Scottish Certificate of Education, 1962
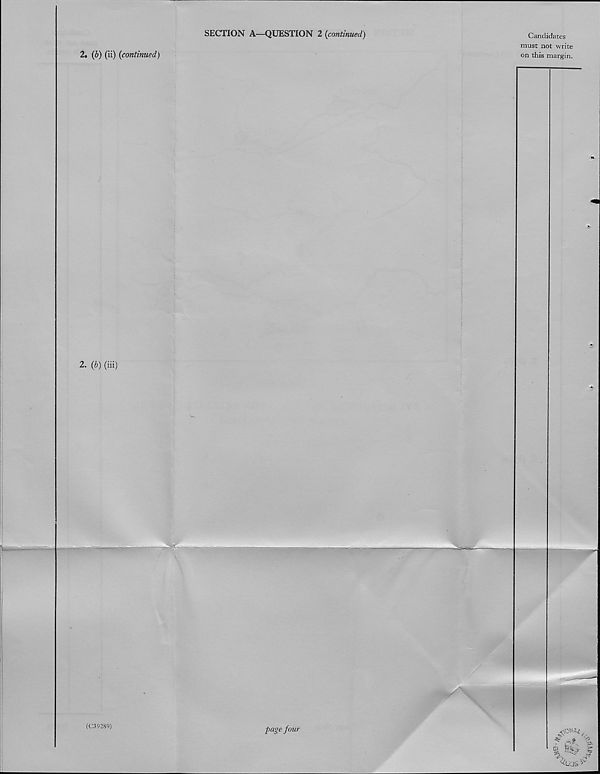
2. (b) (ii) {continued)
2. {b) (iii)
SECTION A—QUESTION 2 {continued)
Candidates
must not write
on this margin.
page four
>s ' 's'
(C39289)